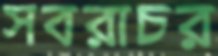
সবরাচর